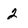
Character: 2